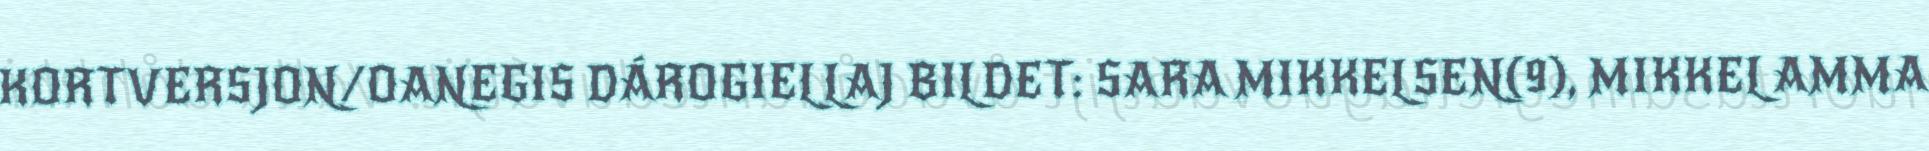
KORTVERSJON/OANEGIS DÁROGIELLAJ BILDET: SARA MIKKELSEN(9), MIKKEL AMMA